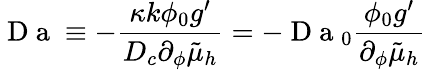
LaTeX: \mathrm{~D~a~}\equiv-\frac{\kappa k\phi_{0}g^{\prime}}{D_{c}\partial_{\phi}\tilde{\mu}_{h}}=-\mathrm{~D~a~}_{0}\frac{\phi_{0}g^{\prime}}{\partial_{\phi}\tilde{\mu}_{h}}